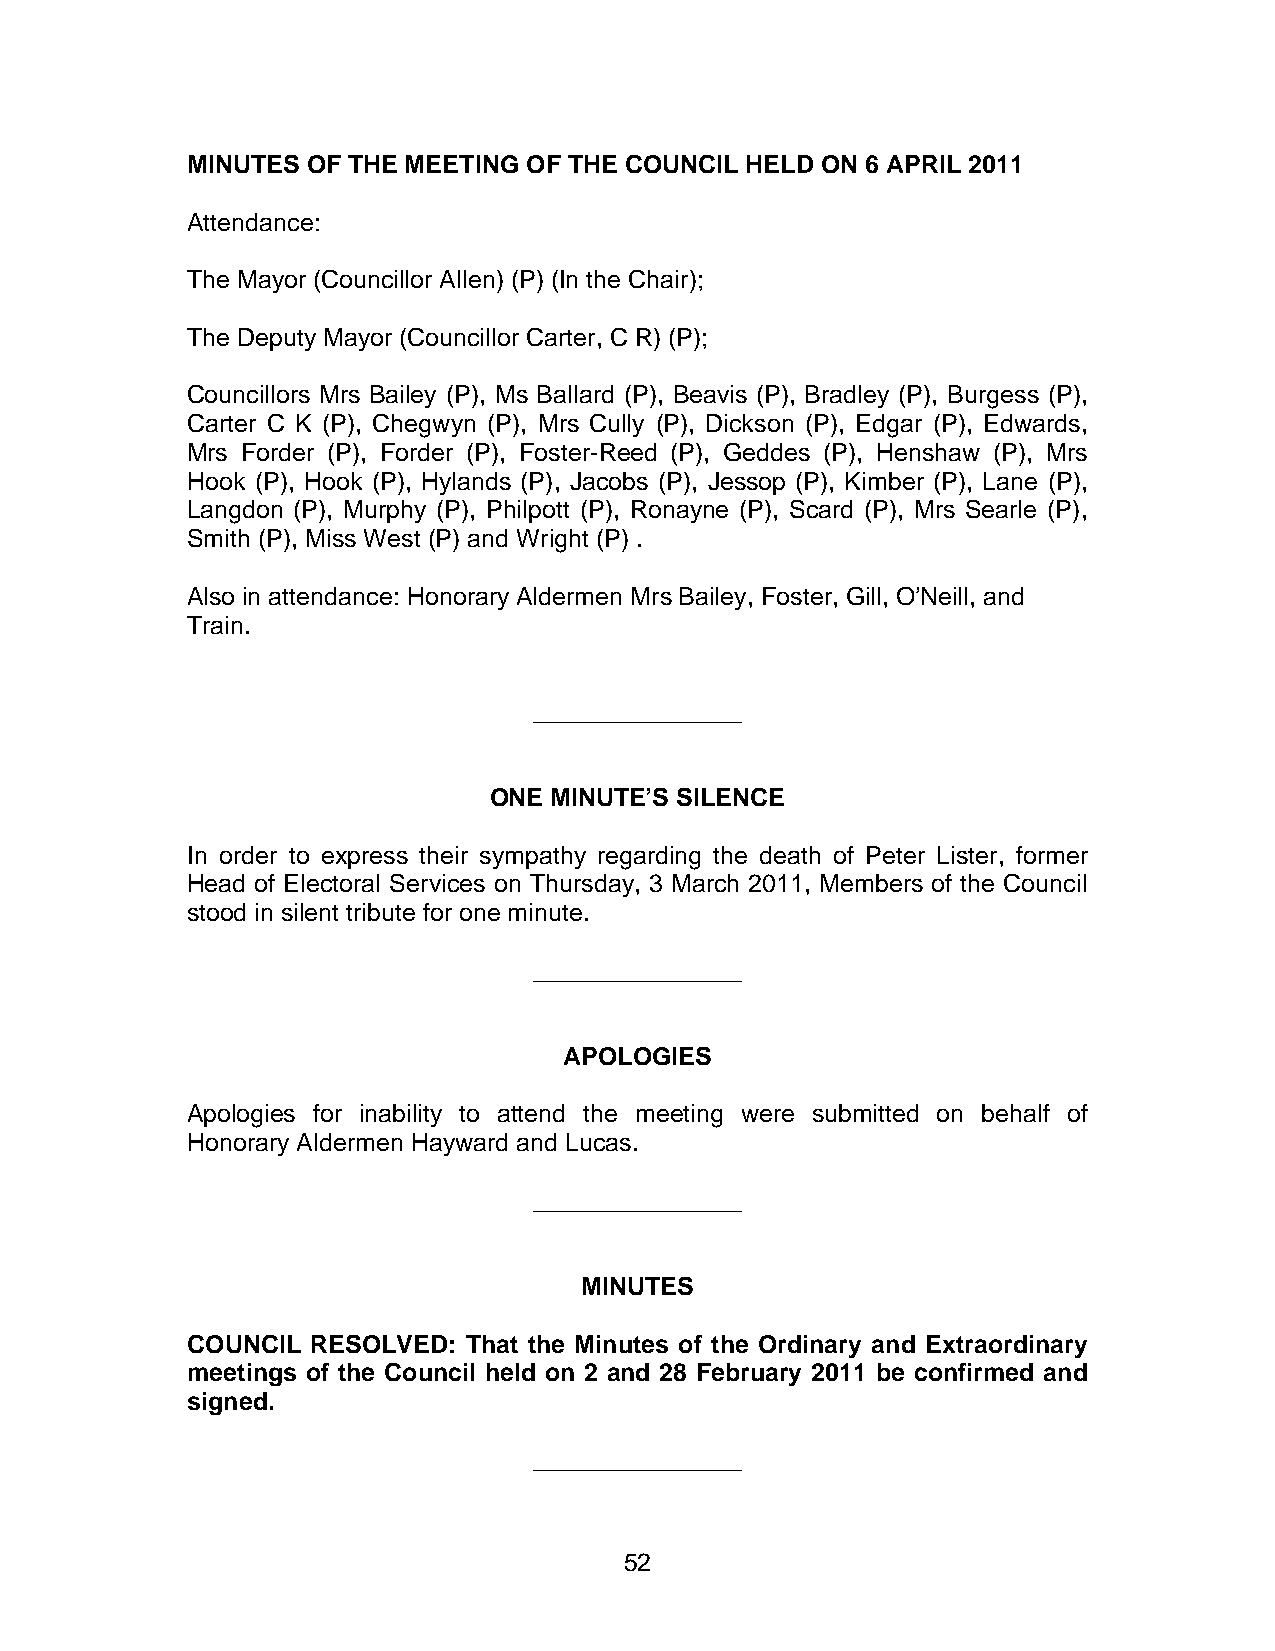
MINUTES OF THE MEETING OF THE COUNCIL HELD ON 6 APRIL 2011
 Attendance:
 The Mayor (Councillor Allen) (P) (In the Chair);
 The Deputy Mayor (Councillor Carter, C R) (P);
 Councillors Mrs Bailey (P), Ms Ballard (P), Beavis (P), Bradley (P), Burgess (P),
 Carter C K (P), Chegwyn (P), Mrs Cully (P), Dickson (P), Edgar (P), Edwards,
 Mrs Forder (P), Forder (P), Foster-Reed (P), Geddes (P), Henshaw (P), Mrs
 Hook (P), Hook (P), Hylands (P), Jacobs (P), Jessop (P), Kimber (P), Lane (P),
 Langdon (P), Murphy (P), Philpott (P), Ronayne (P), Scard (P), Mrs Searle (P),
 Smith (P), Miss West (P) and Wright (P) .
 Also in attendance: Honorary Aldermen Mrs Bailey, Foster, Gill, O’Neill, and
 Train.
 _______________
 ONE MINUTE’S SILENCE
 In order to express their sympathy regarding the death of Peter Lister, former
 Head of Electoral Services on Thursday, 3 March 2011, Members of the Council
 stood in silent tribute for one minute.
 _______________
 APOLOGIES
 Apologies for inability to attend the meeting were submitted on behalf of
 Honorary Aldermen Hayward and Lucas.
 _______________
 MINUTES
 COUNCIL  RESOLVED: That the Minutes of the Ordinary and Extraordinary
 meetings of the Council held on 2 and 28 February 2011 be confirmed and
 signed.
 _______________
 52